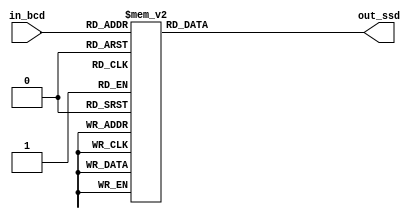
module ssd_driver (in_bcd, out_ssd);
	input [3:0] in_bcd;                         // input in BCD
	output [6:0] out_ssd;                       // output to Seven-Segment Display
	reg [6:0] out_ssd;
	always @(in_bcd) begin
		case (in_bcd)
		0:out_ssd=7'b0000001;
		1:out_ssd=7'b1001111;
		2:out_ssd=7'b0010010;
		3:out_ssd=7'b0000110;
		4:out_ssd=7'b1001100;
		5:out_ssd=7'b0100100;
		6:out_ssd=7'b0100000;
		7:out_ssd=7'b0001111;
		8:out_ssd=7'b0000000;
		9:out_ssd=7'b0000100;
		10:out_ssd=7'b0001000;
		11:out_ssd=7'b1100000;
		12:out_ssd=7'b0110001;
		13:out_ssd=7'b1000010;
		14:out_ssd=7'b0110000;
		15:out_ssd=7'b0111000;
			default out_ssd = 7'b1111111;          // no ssd
		endcase
	end
endmodule